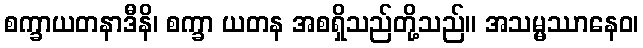
စက္ခာယတနာဒီနိ၊ စက္ခာ ယတန အစရှိသည်တို့သည်။ အသမ္မဿာနေဝ၊